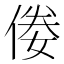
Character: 𠊶